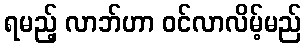
ရမည့် လာဘ်ဟာ ဝင်လာလိမ့်မည်